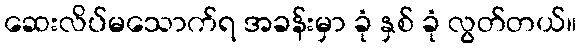
ဆေးလိပ်မသောက်ရ အခန်းမှာ ခုံ နှစ် ခုံ လွတ်တယ်။